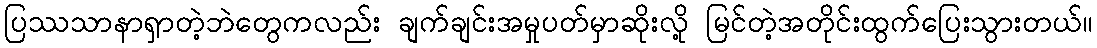
ပြဿသာနာရှာတဲ့ဘဲတွေကလည်း ချက်ချင်းအမှုပတ်မှာဆိုးလို့ မြင်တဲ့အတိုင်းထွက်ပြေးသွားတယ်။